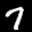
Label: 7